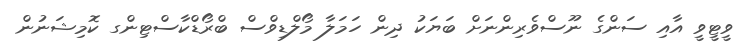
ވީޓީވީ އާއި ސަންގެ ނޫސްވެރިންނަށް ބަޔަކު ދިން ހަމަލާ މޯލްޑިވްސް ބްރޯޑްކާސްޓިންގ ކޮމިޝަނުން